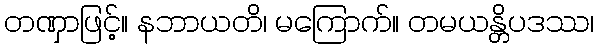
တဏှာဖြင့်။ နဘာယတိ၊ မကြောက်။ တမယန္တိပဒဿ၊